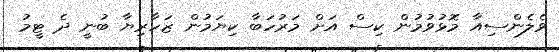
ވެލެންސިއާ މޮޅުވުމުން ކިސް އަށް މަރުހަބާ ކިޔަމުން ޒަހާރިޔާ ބުނީ ދެ ޓީމު